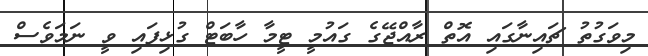
މިވަގުތު ޗައިނާގައި އޮތް ރާއްޖޭގެ ގައުމީ ޓީމާ ހާބަޓް ގުޅިފައި ވީ ނަމަވެސް